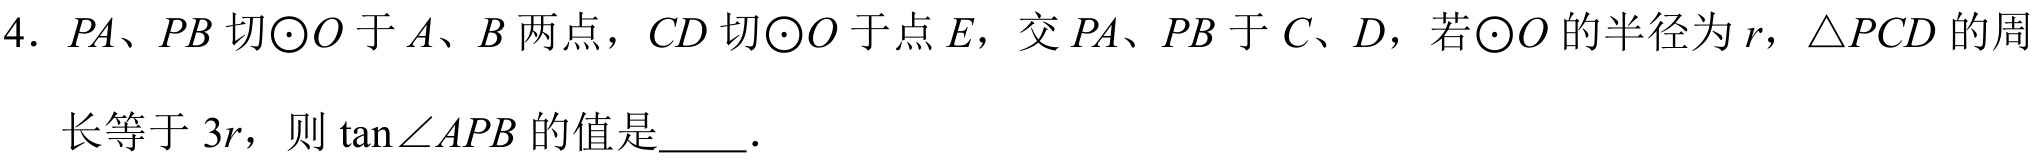
4. \(PA\)、\(PB\)切\(\odot O\)于\(A\)、\(B\)两点，\(CD\)切\(\odot O\)于点\(E\)，交\(PA\)、\(PB\)于\(C\)、\(D\)，若\(\odot O\)的半径为\(r\)，\(\triangle PCD\)的周长等于\(3r\)，则\(\tan\angle APB\)的值是  ．